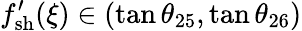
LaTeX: f_{\mathrm{sh}}^{\prime}(\xi)\in(\tan\theta_{25},\tan\theta_{26})